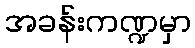
အခန်းကဏ္ဍမှာ